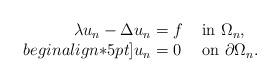
LaTeX: \begin{align*}\begin{array}{r@{}c@{}ll} \lambda u_n - \Delta u_n &{} = {} & f & \mbox{ in } \Omega_n , \\begin{align*}5pt] u_n & = & 0 & \mbox{ on } \partial\Omega_n . \end{array}\end{align*}